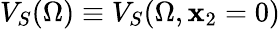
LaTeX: V_{S}(\Omega)\equiv V_{S}(\Omega,{\mathbf x}_{2}=0)